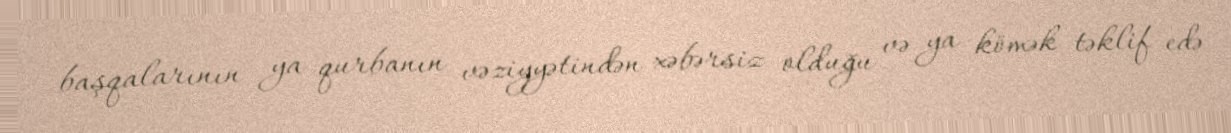
başqalarının ya qurbanın vəziyyətindən xəbərsiz olduğu və ya kömək təklif edə